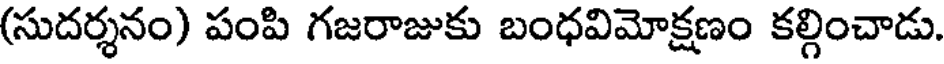
(సుదర్శనం) పంపి గజరాజుకు బంధవిమోక్షణం కల్గించాడు.